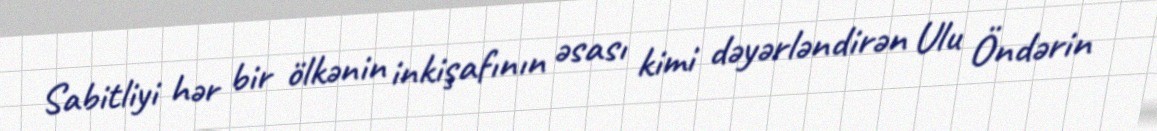
Sabitliyi hər bir ölkənin inkişafının əsası kimi dəyərləndirən Ulu Öndərin